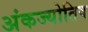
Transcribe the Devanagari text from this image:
अंकज्योतिष